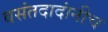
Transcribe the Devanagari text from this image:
वसंतदादांनीच